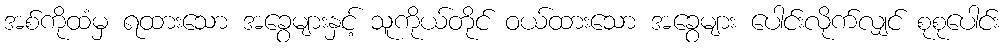
အစ်ကိုထံမှ ရထားသော အခွေများနှင့် သူကိုယ်တိုင် ဝယ်ထားသော အခွေများ ပေါင်းလိုက်လျှင် စုစုပေါင်း